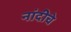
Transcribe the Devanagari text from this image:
नांदीचे